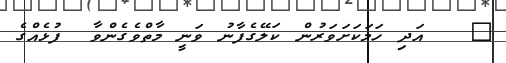
٥   އަދި ހަމަކަށަވަރުން ކަލޭގެފާނު ވަނީ މާތްވެގެންވާ  ފުޅެއްގެ